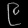
Digit: ၉